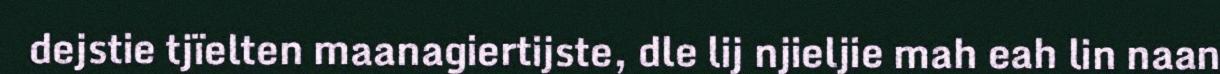
dejstie tjïelten maanagiertijste, dle lij njieljie mah eah lin naan